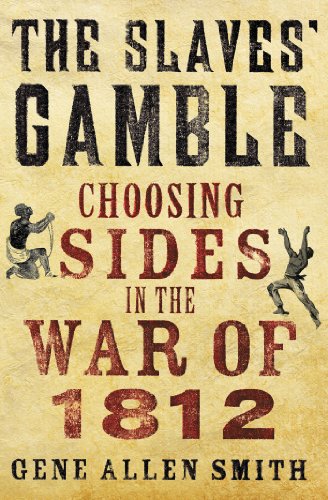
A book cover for The Slaves' Gamble: Choosing Sides in the War of 1812; Gene Allen Smith; History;